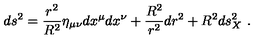
d s ^ { 2 } = \frac { r ^ { 2 } } { R ^ { 2 } } \eta _ { \mu \nu } d x ^ { \mu } d x ^ { \nu } + \frac { R ^ { 2 } } { r ^ { 2 } } d r ^ { 2 } + R ^ { 2 } d s _ { X } ^ { 2 } \ .